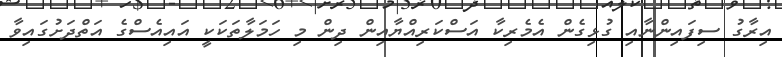
އިރާގު ސިފައިންނާއި ގުޅިގެން އެމެރިކާ އަސްކަރިއްޔާއިން ދިން މި ހަމަލާތަކަކީ އައިއެސްގެ އަތްދަށުގައިވާ